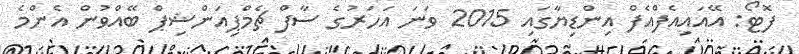
ފޮޓޯ: އޭއައިއެފްއެފް އިންޑިޔާގައި 2015 ވަނަ އަހަރުގެ ސާފް ޗެމްޕިއަންޝިޕް ބޭއްވުން އެންމެ